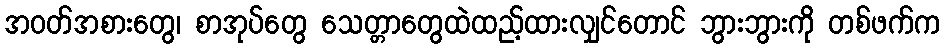
အဝတ်အစားတွေ၊ စာအုပ်တွေ သေတ္တာတွေထဲထည့်ထားလျှင်တောင် ဘွားဘွားကို တစ်ဖက်က